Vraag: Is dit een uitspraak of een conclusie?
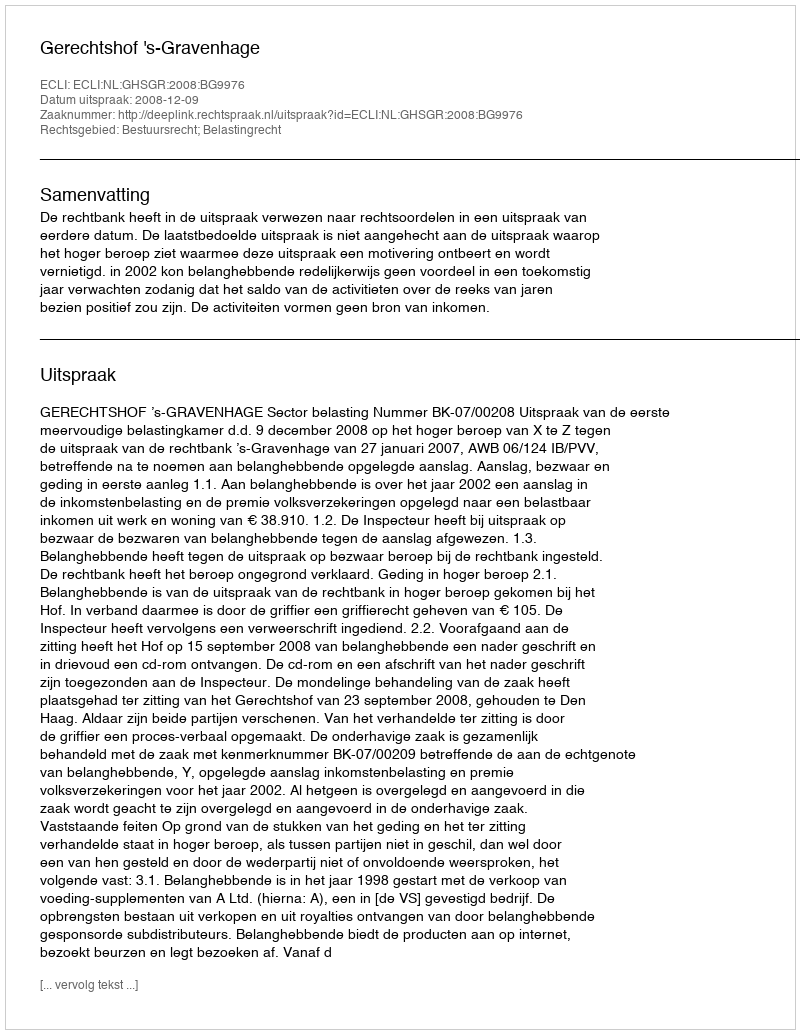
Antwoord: Uitspraak